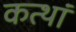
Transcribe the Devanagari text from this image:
कत्थां